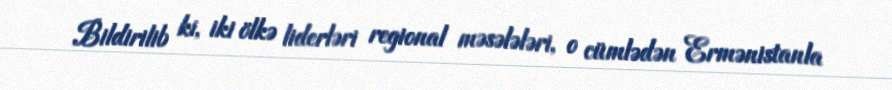
Bildirilib ki, iki ölkə liderləri regional məsələləri, o cümlədən Ermənistanla